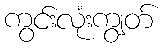
ကွင်းလုံးကျွတ်